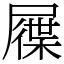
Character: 屧